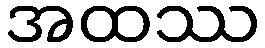
အထဿ